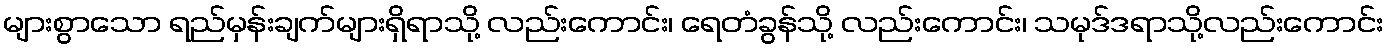
များစွာသော ရည်မှန်းချက်များရှိရာသို့ လည်းကောင်း၊ ရေတံခွန်သို့ လည်းကောင်း၊ သမုဒ်ဒရာသို့လည်းကောင်း